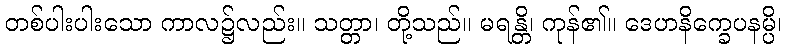
တစ်ပါးပါးသော ကာလ၌လည်း။ သတ္တာ၊ တို့သည်။ မရန္တိ၊ ကုန်၏။ ဒေဟနိက္ခေပနမ္ပိ၊